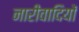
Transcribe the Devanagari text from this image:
नारीवादियों